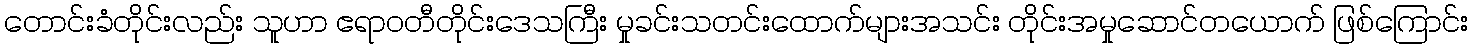
တောင်းခံတိုင်းလည်း သူဟာ ဧရာဝတီတိုင်းဒေသကြီး မှုခင်းသတင်းထောက်များအသင်း တိုင်းအမှုဆောင်တယောက် ဖြစ်ကြောင်း